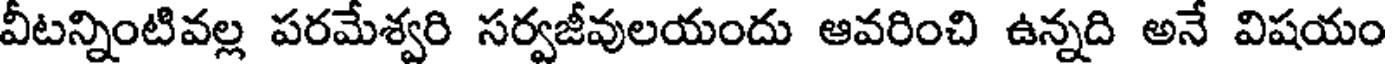
వీటన్నింటివల్ల పరమేశ్వరి సర్వజీవులయందు ఆవరించి ఉన్నది అనే విషయం